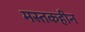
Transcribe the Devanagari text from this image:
मस्तकहीन